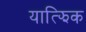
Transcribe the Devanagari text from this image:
यात्झिक